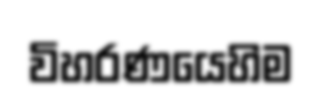
විහරණයෙහිම